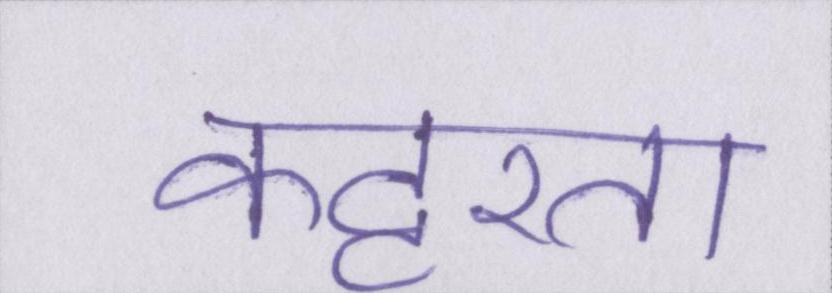
कट्टरता